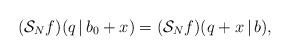
LaTeX: \begin{align*}(\mathcal{S}_Nf)(q\,|\,b_0+x) = (\mathcal{S}_Nf)(q+x\,|\,b),\end{align*}